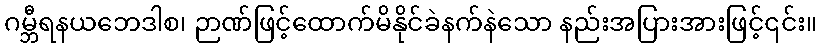
ဂမ္ဘီရနယဘေဒါစ၊ ဉာဏ်ဖြင့်ထောက်မိနိုင်ခဲနက်နဲသော နည်းအပြားအားဖြင့်၎င်း။